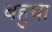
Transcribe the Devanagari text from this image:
बहुथा